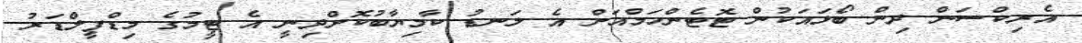
އެރިކްސަން ދިން ބޯޅައަކުން ޓޮޓެންހަމްއަށް އެ ލަނޑު ކާމިޔާބުކޮށްދިނީ އެ ޓީމުގެ މިޑްފީލްޑަރު